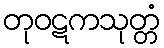
တုဝဋကသုတ္တံ